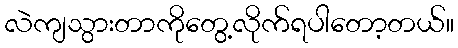
လဲကျသွားတာကိုတွေ့လိုက်ရပါတော့တယ်။